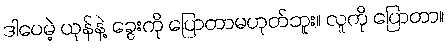
ဒါပေမဲ့ ယုန်နဲ့ ခွေးကို ပြောတာမဟုတ်ဘူး။ လူကို ပြောတာ။